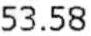
53.58